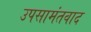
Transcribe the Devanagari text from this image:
उपसामंतवाद